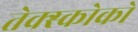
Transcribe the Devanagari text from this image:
तेक्स्कोको